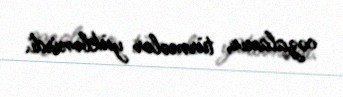
cəzalanır, türmələr yüklənirdi.